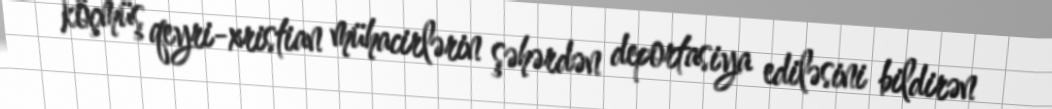
köçmüş qeyri-xristian mühacirlərin şəhərdən deportasiya ediləsini bildirən